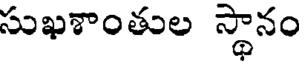
సుఖశాంతుల స్థానం